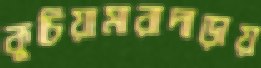
কুচিয়ামারাদাড়ায়